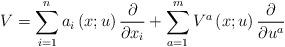
LaTeX: \begin{align*}{V} =\sum_{i=1}^na_i\left(x;u\right)\frac{\partial}{\partial x_i}+\sum_{a=1}^mV^{a}\left(x;u\right)\frac{\partial}{\partial u^a}\end{align*}